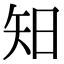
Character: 𥎭